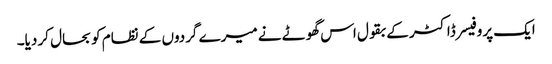
ایک پروفیسر ڈاکٹر کے بقول اس گھوٹے نے میرے گردوں کے نظام کو بحال کر دیا۔